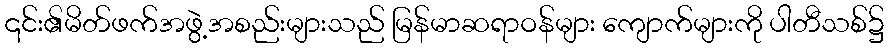
၎င်း၏မိတ်ဖက်အဖွဲ့အစည်းများသည် မြန်မာဆရာဝန်များ ကျောက်များကို ပါတီသစ်၌